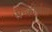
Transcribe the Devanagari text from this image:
सन्कीर्णता